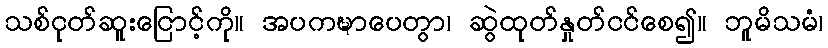
သစ်ငုတ်ဆူးငြောင့်ကို။ အပကဍ္ဎာပေတွာ၊ ဆွဲထုတ်နှုတ်ငင်စေ၍။ ဘူမိသမံ၊